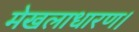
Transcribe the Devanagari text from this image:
मेखलाधारण।